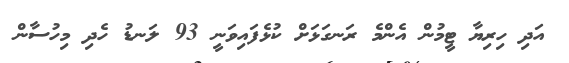
އަދި ހިރިޔާ ޓީމުން އެންމެ ރަނގަޅަށް ކުޅެފައިވަނީ 93 ލަނޑު ހެދި މިހުސާން